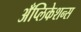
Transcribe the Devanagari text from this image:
अँप्लिकेशन्स